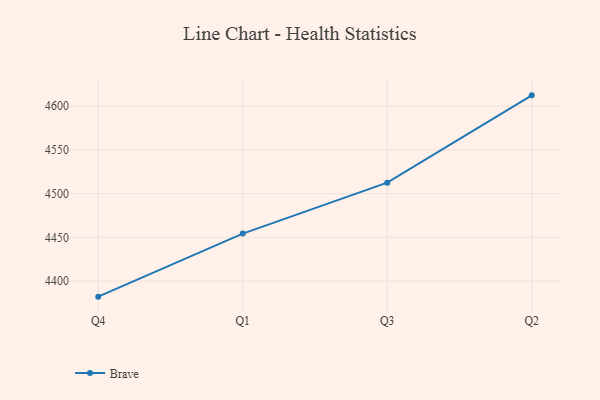
{"axis": {"x": "Quarter", "y": "Churn Rate (%)"}, "legend": ["Brave"], "data": [{"x": "Q4", "y": 4382.1, "type": "Brave"}, {"x": "Q1", "y": 4454.3, "type": "Brave"}, {"x": "Q3", "y": 4512.6, "type": "Brave"}, {"x": "Q2", "y": 4612.5, "type": "Brave"}]}